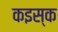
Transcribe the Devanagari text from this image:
कइस्क